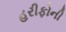
હરીફોની